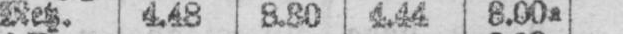
Netz. 4.48 3.30 4.44 8.00a